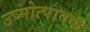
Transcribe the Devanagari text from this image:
उष्मोत्पादक